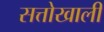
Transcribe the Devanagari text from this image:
सत्तोखाली